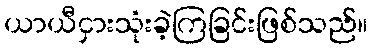
ယာယီငှားသုံးခဲ့ကြခြင်းဖြစ်သည်။